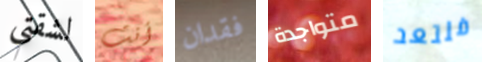
لشقتي أنت فقدان متواجدة فلتعد